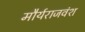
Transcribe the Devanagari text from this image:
मौर्यराजवंश